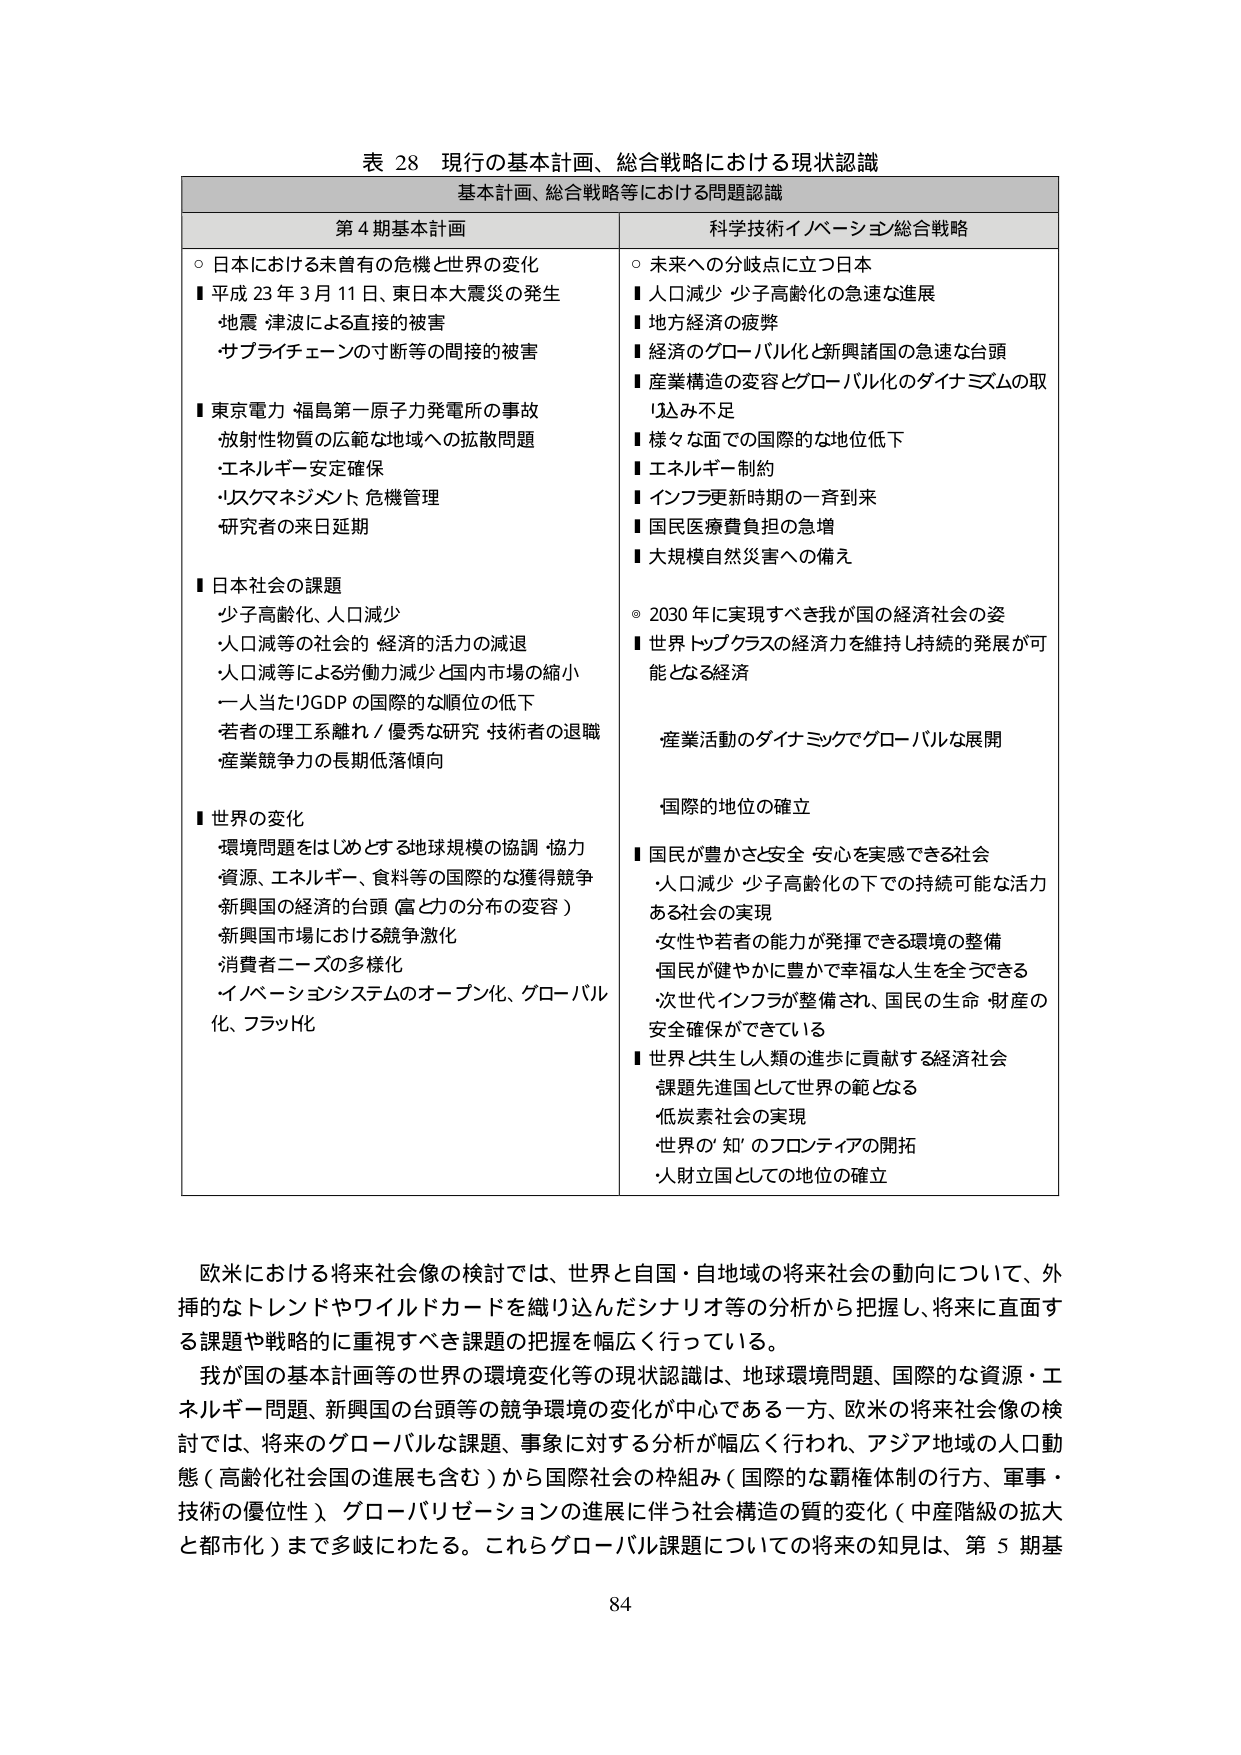
表 28 現行の基本計画、総合戦略における現状認識
基本計画、総合戦略等における問題認識

第4期基本計画
○ 日本における未曾有の危機と世界の変化
■ 平成23年3月11日、東日本大震災の発生
・地震 津波による直接的被害
・サプライチェーンの寸断等の間接的被害
■ 東京電力 福島第一原子力発電所の事故
・放射性物質の広範な地域への拡散問題
・エネルギー安定確保
・リスクマネジメント 危機管理
・研究者の来日延期
■ 日本社会の課題
・少子高齢化、人口減少
・人口減等の社会的 経済的活力の減退
・人口減等による労働力減少と国内市場の縮小
・一人当たりGDPの国際的な順位の低下
・若者の理工系離れ／優秀な研究・技術者の退職
・産業競争力の長期低落傾向
■ 世界の変化
・環境問題をはじめとする地球規模の協調・協力
・資源、エネルギー、食料等の国際的な獲得競争
・新興国の経済的台頭（富と力の分布の変容）
・新興国市場における競争激化
・消費者ニーズの多様化
・イノベーションシステムのオープン化、グローバル化、フラット化

科学技術イノベーション総合戦略
○ 未来への分岐点に立つ日本
■ 人口減少・少子高齢化の急速な進展
■ 地方経済の疲弊
■ 経済のグローバル化と新興諸国の急速な台頭
■ 産業構造の変容とグローバル化のダイナミズムの取り込み不足
■ 様々な面での国際的な地位低下
■ エネルギー制約
■ インフラ更新時期の一斉到来
■ 国民医療費負担の急増
■ 大規模自然災害への備え
◎ 2030年に実現すべき我が国の経済社会の姿
■ 世界トップクラスの経済力を維持し持続的発展が可能となる経済
・産業活動のダイナミックでグローバルな展開
・国際的地位の確立
■ 国民が豊かさと安全・安心を実感できる社会
・人口減少・少子高齢化の下での持続可能な活力ある社会の実現
・女性や若者の能力が発揮できる環境の整備
・国民が健やかに豊かで幸福な人生を全うできる
・次世代インフラが整備され、国民の生命・財産の安全確保ができている
■ 世界と共生し人類の進歩に貢献する経済社会
・課題先進国として世界の範となる
・低炭素社会の実現
・世界の「知」のフロンティアの開拓
・人財立国としての地位の確立

欧米における将来社会像の検討では、世界と自国・自地域の将来社会の動向について、外挿的なトレンドやワイルドカードを織り込んだシナリオ等の分析から把握し、将来に直面する課題や戦略的に重視すべき課題の把握を幅広く行っている。
我が国の基本計画等の世界の環境変化等の現状認識は、地球環境問題、国際的な資源・エネルギー問題、新興国の台頭等の競争環境の変化が中心である一方、欧米の将来社会像の検討では、将来のグローバルな課題、事象に対する分析が幅広く行われ、アジア地域の人口動態（高齢化社会国の進展も含む）から国際社会の枠組み（国際的な覇権体制の行方、軍事・技術の優位性）、グローバリゼーションの進展に伴う社会構造の質的変化（中産階級の拡大と都市化）まで多岐にわたる。これらグローバル課題についての将来の知見は、第5期基

84